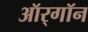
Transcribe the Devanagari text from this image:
ऑर्‌गॉन